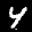
Label: 4